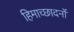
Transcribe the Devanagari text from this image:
हिमाच्छादनों